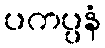
ပကပ္ပနံ